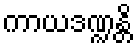
ကာယဒဏ္ဍန္တိ